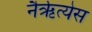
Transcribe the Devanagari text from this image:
नैरृत्येस